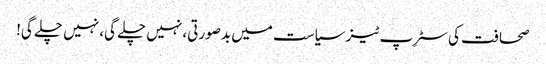
صحافت کی سٹرِپ ٹیز	سیاست میں بدصورتی، نہیں چلے گی، نہیں چلے گی!